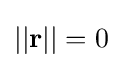
||\mathbf {r} ||=0